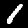
Label: 1